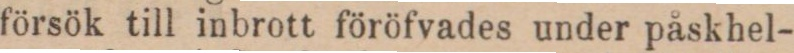
försök till inbrott föröfvades under påskhel-